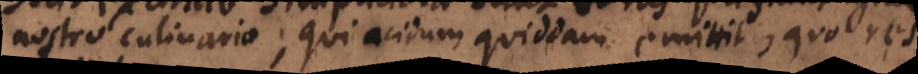
nostro culinario, qui acidum quiddam emittit, quo res